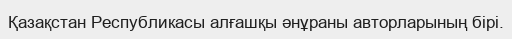
Қазақстан Республикасы алғашқы әнұраны авторларының бірі.